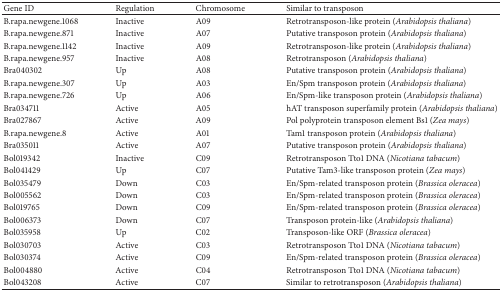
<table><thead><tr><td><b>Gene ID</b></td><td><b>Regulation</b></td><td><b>Chromosome </b></td><td><b>Similar to transposon</b></td></tr></thead><tbody><tr><td>B.rapa.newgene.1068 </td><td>Inactive</td><td>A09</td><td>Retrotransposon-like protein (<i>Arabidopsis thaliana</i>)</td></tr><tr><td>B.rapa.newgene.871 </td><td>Inactive</td><td>A07</td><td>Putative transposon protein (<i>Arabidopsis thaliana</i>)</td></tr><tr><td>B.rapa.newgene.1142 </td><td>Inactive</td><td>A09</td><td>Retrotransposon-like protein (<i>Arabidopsis thaliana</i>)</td></tr><tr><td>B.rapa.newgene.957 </td><td>Inactive</td><td>A08</td><td>Retrotransposon (<i>Arabidopsis thaliana</i>)</td></tr><tr><td>Bra040302 </td><td>Up</td><td>A08</td><td>Putative transposon protein (<i>Arabidopsis thaliana</i>)</td></tr><tr><td>B.rapa.newgene.307 </td><td>Up</td><td>A03</td><td>En/Spm transposon protein (<i>Arabidopsis thaliana</i>)</td></tr><tr><td>B.rapa.newgene.726 </td><td>Up</td><td>A06</td><td>En/Spm-like transposon protein (<i>Arabidopsis thaliana</i>)</td></tr><tr><td>Bra034711 </td><td>Active</td><td>A05</td><td>hAT transposon superfamily protein (<i>Arabidopsis thaliana</i>) </td></tr><tr><td>Bra027867 </td><td>Active</td><td>A09</td><td>Pol polyprotein transposon element Bs1 (<i>Zea mays</i>)</td></tr><tr><td>B.rapa.newgene.8 </td><td>Active</td><td>A01</td><td>Tam1 transposon protein (<i>Arabidopsis thaliana</i>)</td></tr><tr><td>Bra035011 </td><td>Active</td><td>A07</td><td>Putative transposon protein (<i>Arabidopsis thaliana</i>) </td></tr><tr><td>Bol019342</td><td>Inactive</td><td>C09</td><td>Retrotransposon Tto1 DNA (<i>Nicotiana tabacum</i>)</td></tr><tr><td>Bol041429</td><td>Up</td><td>C07</td><td>Putative Tam3-like transposon protein (<i>Zea mays</i>)</td></tr><tr><td>Bol035479</td><td>Down</td><td>C03</td><td>En/Spm-related transposon protein (<i>Brassica oleracea</i>)</td></tr><tr><td>Bol005562</td><td>Down</td><td>C03</td><td>En/Spm-related transposon protein (<i>Brassica oleracea</i>)</td></tr><tr><td>Bol019765</td><td>Down</td><td>C09</td><td>En/Spm-related transposon protein (<i>Brassica oleracea</i>)</td></tr><tr><td>Bol006373</td><td>Down</td><td>C07</td><td>Transposon protein-like (<i>Arabidopsis thaliana</i>)</td></tr><tr><td>Bol035958</td><td>Up</td><td>C02</td><td>Transposon-like ORF (<i>Brassica oleracea</i>)</td></tr><tr><td>Bol030703</td><td>Active</td><td>C03</td><td>Retrotransposon Tto1 DNA (<i>Nicotiana tabacum</i>)</td></tr><tr><td>Bol030374</td><td>Active</td><td>C09</td><td>En/Spm-related transposon protein (<i>Brassica oleracea</i>)</td></tr><tr><td>Bol004880</td><td>Active</td><td>C04</td><td>Retrotransposon Tto1 DNA (<i>Nicotiana tabacum</i>)</td></tr><tr><td>Bol043208</td><td>Active</td><td>C07</td><td>Similar to retrotransposon (<i>Arabidopsis thaliana</i>)</td></tr></tbody></table>